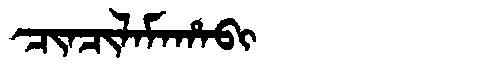
Manchu: ᠴᡳᠨᠴᡳᠯᠠᠮᠠᡥᠠᠪᡳ
Romanization: CINCILAMAHABI